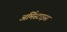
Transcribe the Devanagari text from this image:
अर्मिस्टाइस